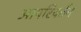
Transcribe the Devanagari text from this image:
आपरिवर्तन